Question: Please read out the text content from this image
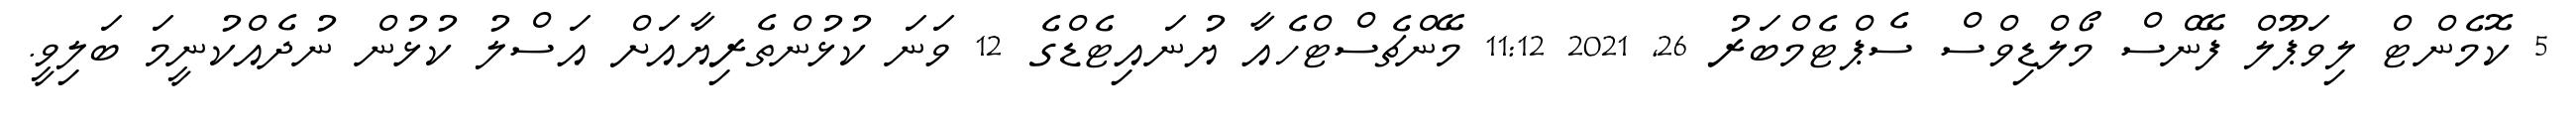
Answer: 5 ކޮމެންޓް ލިވަޕޫލް ފޭންސް މޯލްޑިވްސް ސެޕްޓެމްބަރު 26, 2021 11:12 މޭންޗެސްޓްހެއާ ޔުނައިޓެޑްގެ 12 ވަނަ ކުޅުންތެރިޔާއަށް އަސްލު ކުޅުން ނުދެއްކުނީމަ ބަލިވީ.